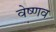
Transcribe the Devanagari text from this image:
वेष्णव